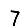
Digit: 7